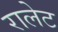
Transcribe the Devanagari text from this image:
रालेट